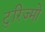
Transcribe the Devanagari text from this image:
टुरिज्मो